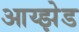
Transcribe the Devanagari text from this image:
आय्झेड